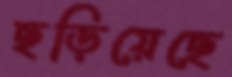
ছড়িয়েছে